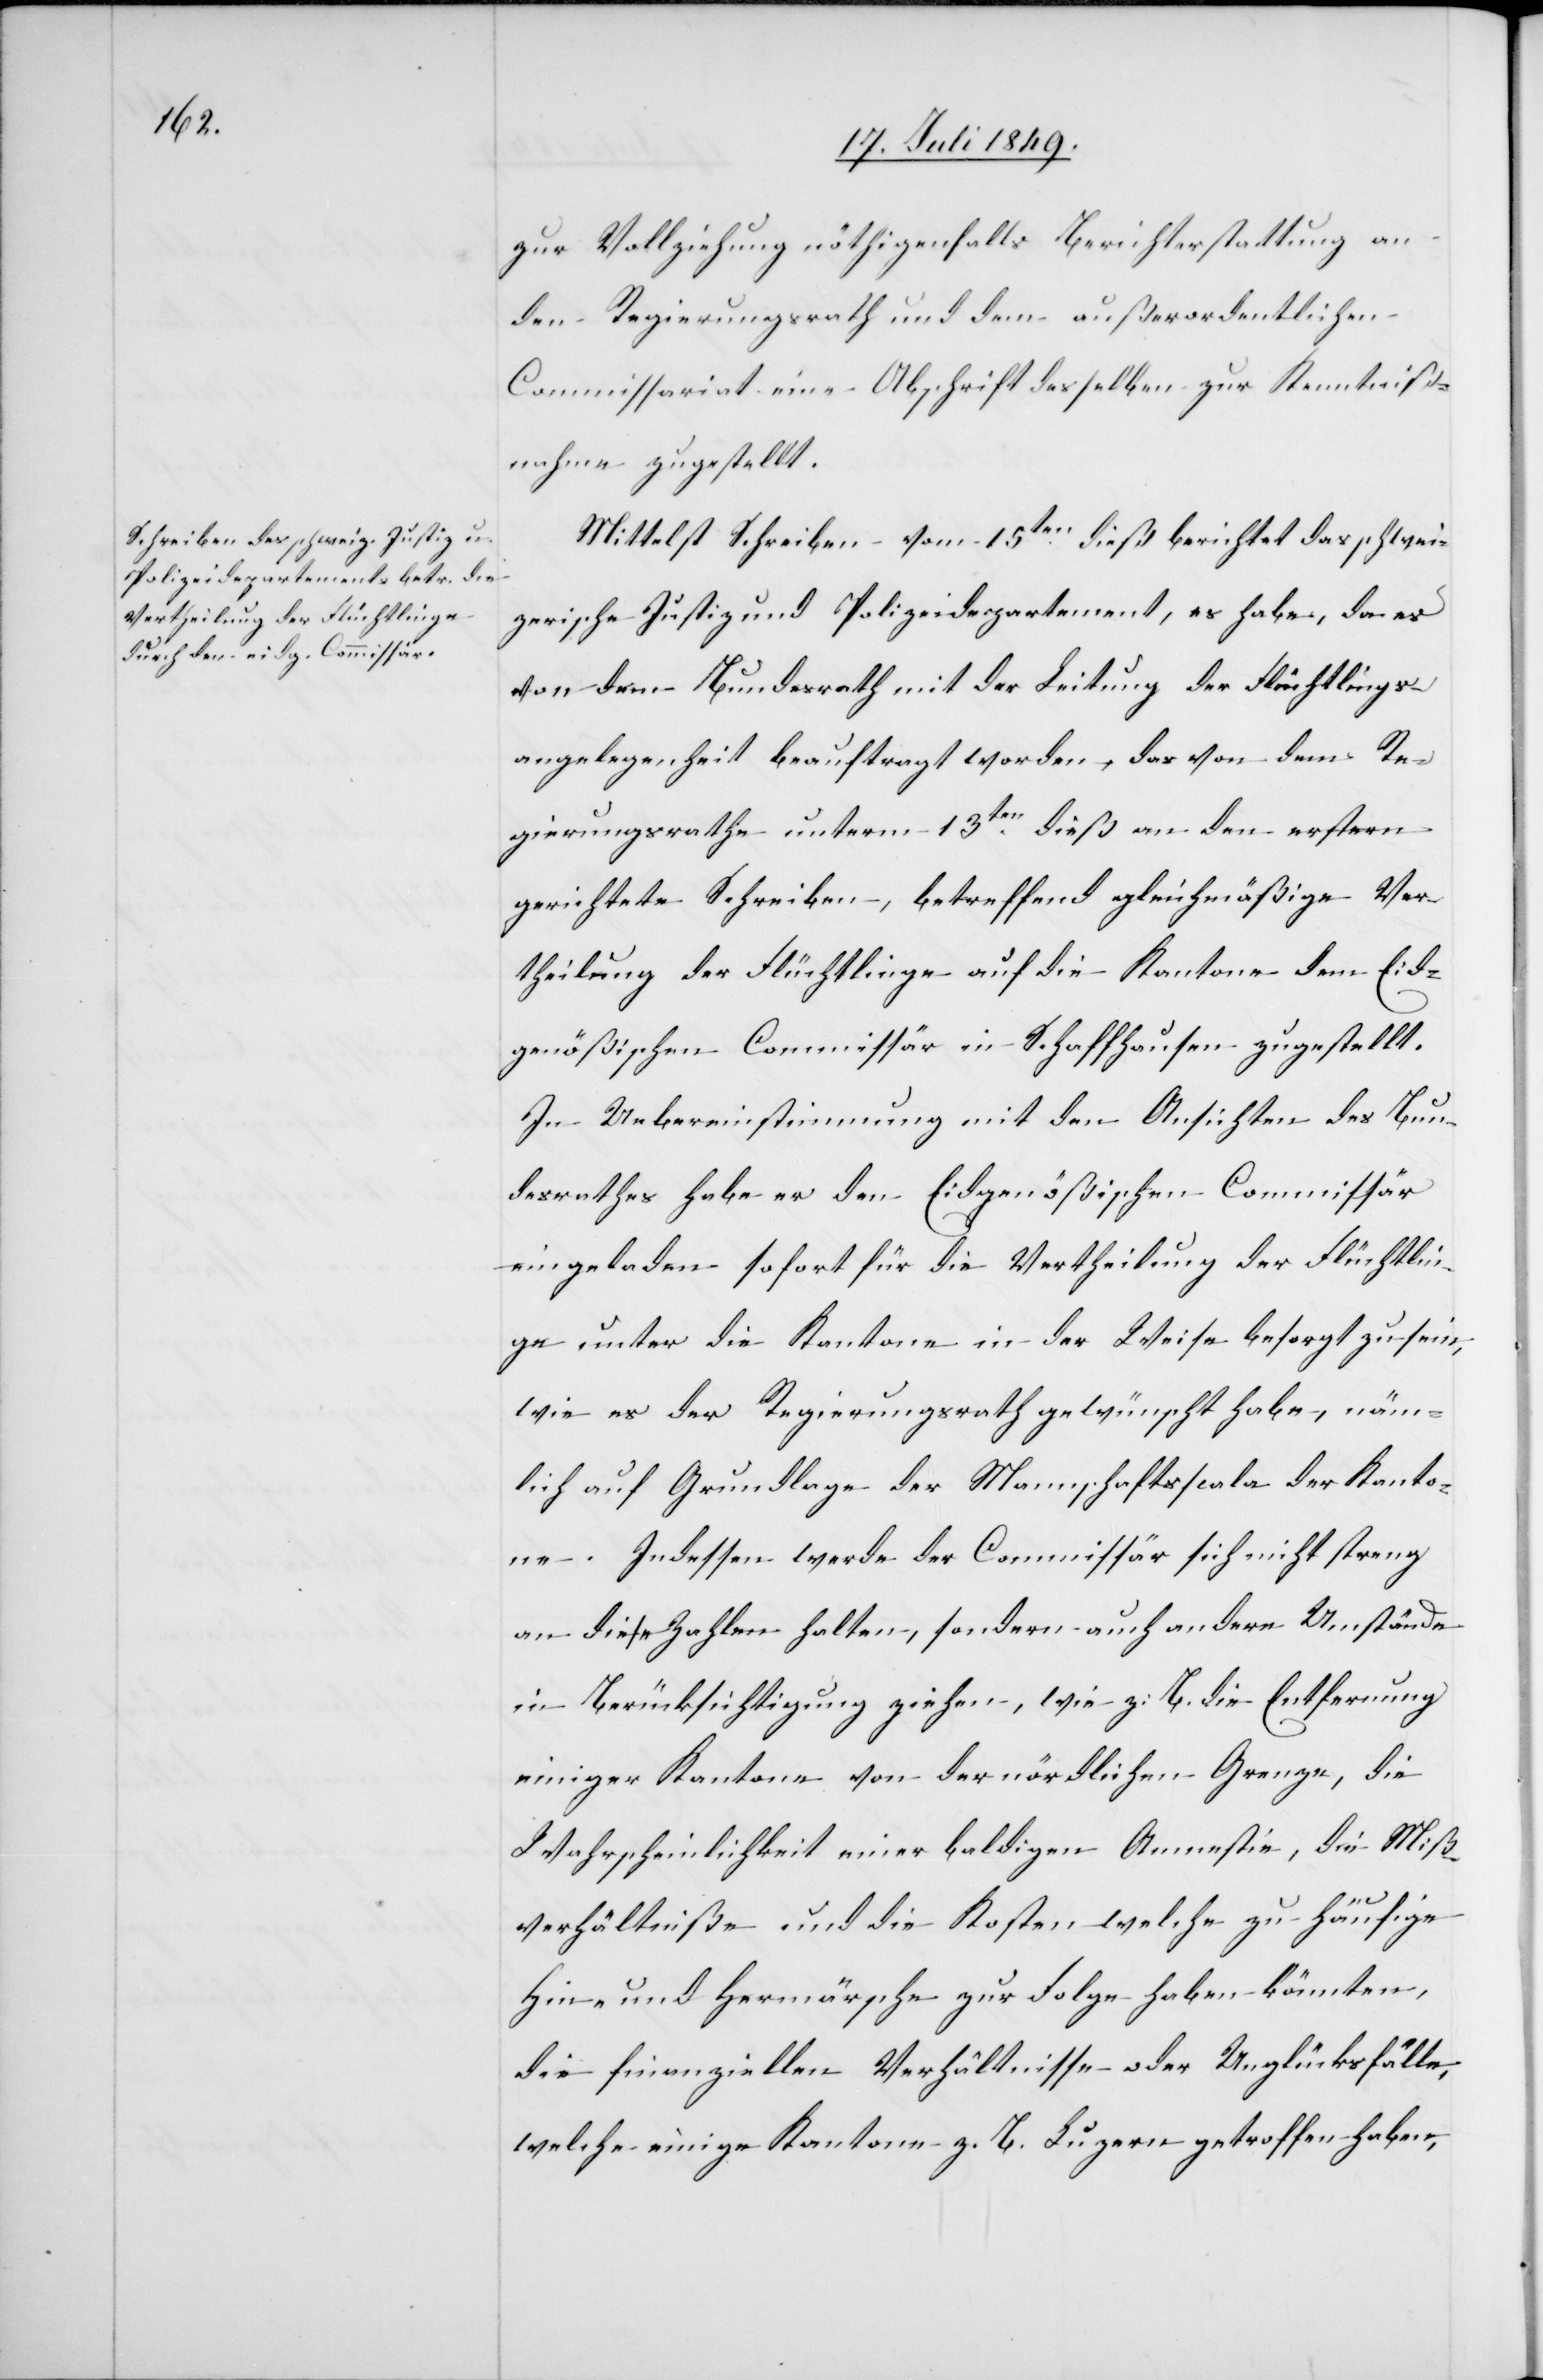
zur Vollziehung nöthigenfalls Berichterstattung an
den Regierungsrath und dem außerordentlichen
Commissariat eine Abschrift desselben zur Kenntniß¬
nahme zugestellt.
Mittelst Schreiben vom 15ten dieß berichtet das schwei¬
zerische Justiz und Polizeidepartement, es habe, da es
von dem Bundesrath mit der Leitung der Flüchtlings¬
angelegenheit beauftragt worden, das von dem Re¬
gierungsrathe unterm 13ten dieß an den erstern
gerichtete Schreiben, betreffend gleichmäßige Ver¬
theilung der Flüchtlinge auf die Kantone dem Eid¬
genößischen Commissär in Schaffhausen zugestellt.
In Uebereinstimmung mit den Ansichten des Bun¬
desrathes habe es den Eidgenößischen Commissär
eingeladen sofort für die Vertheilung der Flüchtlin¬
ge unter die Kantone in der Weise besorgt zu sein,
wie es der Regierungsrath gewünscht habe, näm¬
lich auf Grundlage der Mannschaftsscala der Kanto¬
ne. Indessen werde der Commissär sich nicht streng
an diese Zahlen halten, sondern auch andere Umstände
in Berücksichtigung ziehen, wie z. B. die Entfernung
einiger Kantone von der nördlichen Grenze, die
Wahrscheinlichkeit einer baldigen Amnestie, die Miß¬
verhältniße und die Kosten welche zu häufige
Hin- und Hermärsche zur Folge haben könnten,
die finanziellen Verhältnisse oder Unglücksfälle,
welche einige Kantone z. B. Luzern getroffen haben,